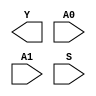
module sky130_fd_sc_ms__udp_mux_2to1_N (
    Y ,
    A0,
    A1,
    S
);

    output Y ;
    input  A0;
    input  A1;
    input  S ;
endmodule